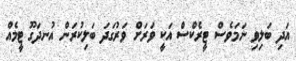
އަދި ބަލިވި ނަމަވެސް ޓީރެކްސް އަކީ ވަރަށް ވަރުގަދަ ބަލިކުރަން އުނދަގޫ ޓީމެއް